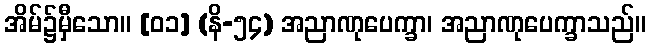
အိမ်၌မှီသော။ [၀၁] (နိ-၅၄) အညာဏုပေက္ခာ၊ အညာဏုပေက္ခာသည်။